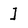
Character: I